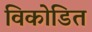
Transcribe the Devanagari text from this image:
विकोडित